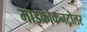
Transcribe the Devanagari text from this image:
माइक्रोकनट्रोलर